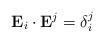
LaTeX: \begin{align*}\mathbf{E}_{i}\cdot\mathbf{E}^{j}=\delta_{i}^{j}\end{align*}